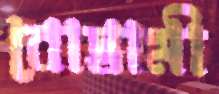
বোস্তামী